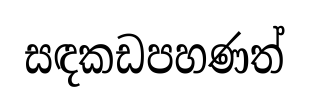
සඳකඩපහණත්